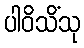
ပါဝိသိံသု